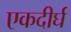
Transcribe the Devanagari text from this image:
एकदीर्घ